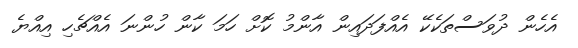
އެހެން ދުވަަސްތަކެކޭ އެއްފަދައިން އާންމު ކޮށް ހަމަ ކާން ހުންނަ އެއްޗެހި އިއްޔެ